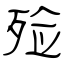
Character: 殓